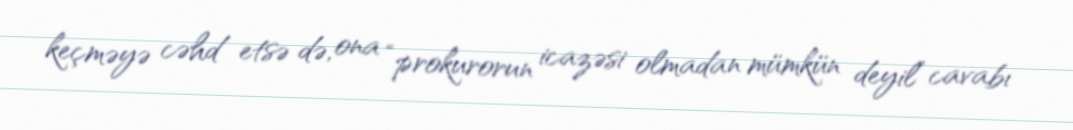
keçməyə cəhd etsə də, ona “prokurorun icazəsi olmadan mümkün deyil” cavabı